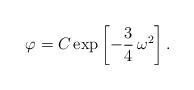
LaTeX: \begin{align*}\varphi = C \exp\left[-\frac{3}{4}\,\omega^2 \right].\end{align*}